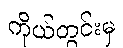
ကိုယ်တွင်းမှ